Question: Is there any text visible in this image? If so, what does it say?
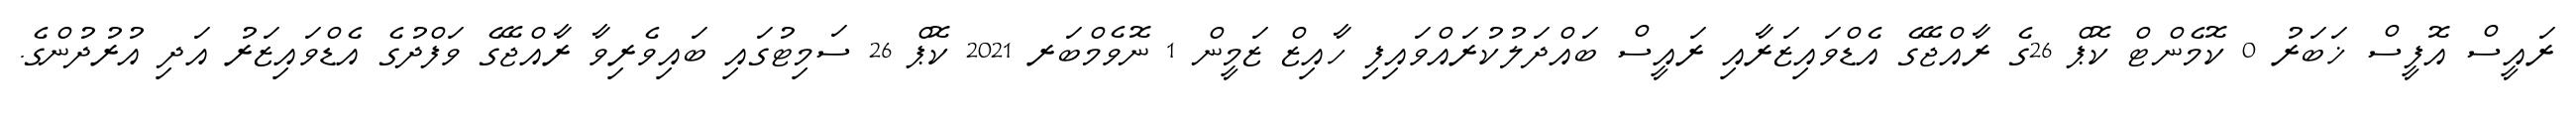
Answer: ރައީސް އޮފީސް ޚަބަރު 0 ކޮމެންޓް ކޮޕް 26ގެ ރާއްޖޭގެ އެޑްވައިޒަރާއި ރައީސް ބައްދަލުކުރައްވައިފި ހާއިޒް ޒަމީން 1 ނޮވެމްބަރ 2021 ކޮޕް 26 ސަމިޓުގައި ބައިވެރިވާ ރާއްޖޭގެ ވަފްދުގެ އެޑްވައިޒަރު އަދި އުރުދުންގެ.